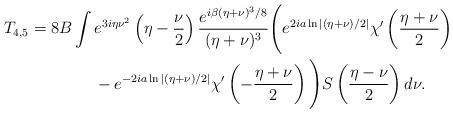
LaTeX: \begin{align*}T_{4,5} &= 8B\int e^{3i\eta\nu^2}\left(\eta-\frac{\nu}{2}\right)\frac{e^{i\beta(\eta+\nu)^3/8}}{(\eta+\nu)^3}\Bigg(e^{2ia\ln|(\eta+\nu)/2|}\chi'\left(\frac{\eta+\nu}{2}\right)\\&\qquad\qquad-e^{-2ia\ln|(\eta+\nu)/2|}\chi'\left(-\frac{\eta+\nu}{2}\right)\Bigg)S\left(\frac{\eta-\nu}{2}\right)d\nu.\end{align*}